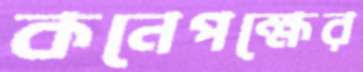
কনেপক্ষের